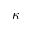
\kappa